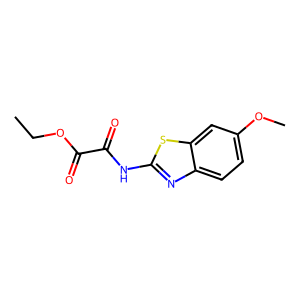
SMILES: CCOC(=O)C(=O)Nc1nc2ccc(OC)cc2s1
Inhibits HIV replication: No